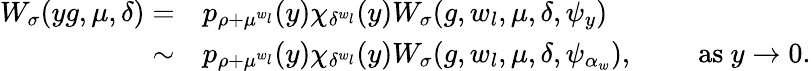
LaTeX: \begin{array}{rl}{W_{\sigma}(yg,\mu,\delta)=}&{p_{\rho+\mu^{w_{l}}}(y)\chi_{\delta^{w_{l}}}(y)W_{\sigma}(g,w_{l},\mu,\delta,\psi_{y})}\\ {\sim}&{p_{\rho+\mu^{w_{l}}}(y)\chi_{\delta^{w_{l}}}(y)W_{\sigma}(g,w_{l},\mu,\delta,\psi_{\alpha_{w}}),\qquad\mathrm{~as~}y\to 0.}\end{array}